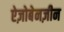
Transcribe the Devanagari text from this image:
ऐज़ोबेनज़ीन